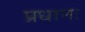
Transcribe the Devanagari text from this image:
प्रधानः